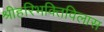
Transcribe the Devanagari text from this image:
श्रीहरिभक्तिविलास